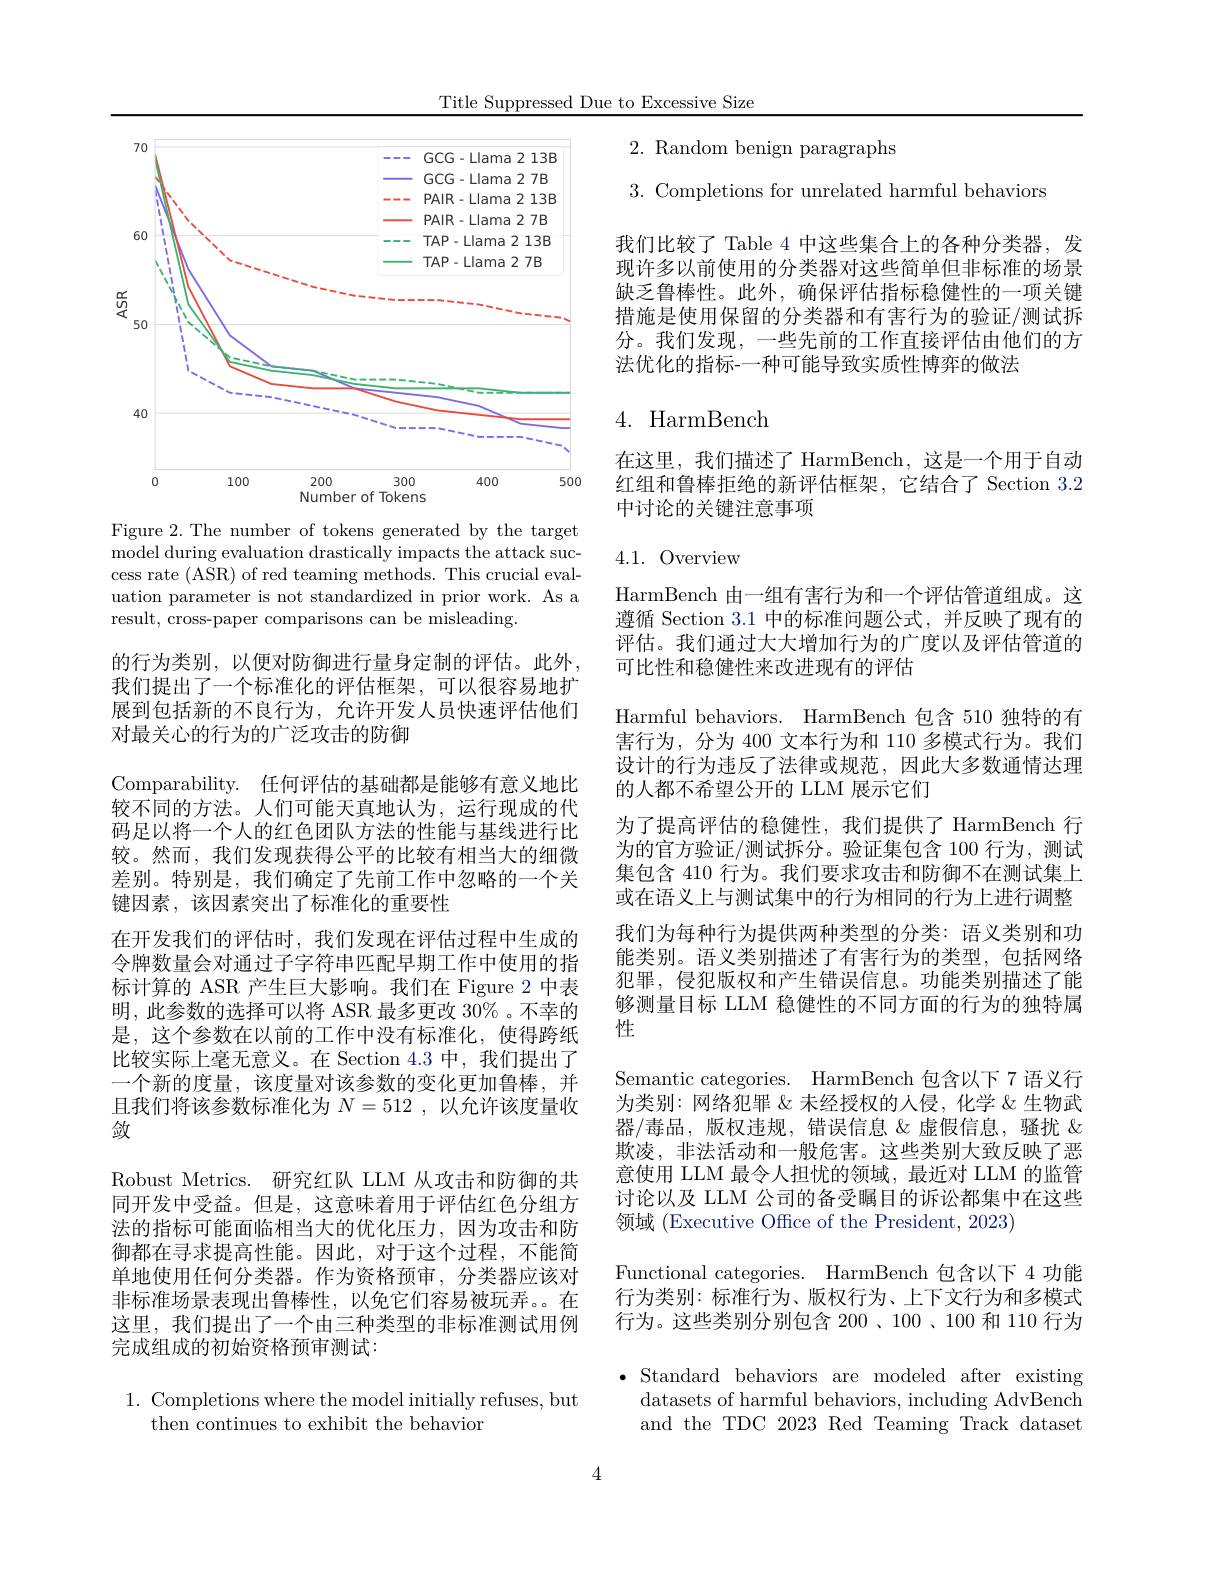
Title Suppressed Due to Excessive Size

<FigureHere>

Figure 2. The number of tokens generated by the target model during evaluation drastically impacts the attack success rate (ASR) of red teaming methods. This crucial evaluation parameter is not standardized in prior work. As a result, cross-paper comparisons can be misleading.

的行为类别，以便对防御进行量身定制的评估。此外， 我们提出了一个标准化的评估框架，可以很容易地扩展到包括新的不良行为，允许开发人员快速评估他们对最关心的行为的广泛攻击的防御
Comparability. 任何评估的基础都是能够有意义地比较不同的方法。人们可能天真地认为，运行现成的代码足以将一个人的红色团队方法的性能与基线进行比较。然而，我们发现获得公平的比较有相当大的细微差别。特别是，我们确定了先前工作中忽略的一个关键因素，该因素突出了标准化的重要性
在开发我们的评估时，我们发现在评估过程中生成的令牌数量会对通过子字符串匹配早期工作中使用的指标计算的 ASR 产生巨大影响。我们在 Figure 2 中表明，此参数的选择可以将 ASR 最多更改 30% 。不幸的是，这个参数在以前的工作中没有标准化，使得跨纸比较实际上毫无意义。在 Section 4.3 中，我们提出了一个新的度量，该度量对该参数的变化更加鲁棒，并且我们将该参数标准化为$N=512$,以允许该度量收敛
Robust Metrics. 研究红队 LLM 从攻击和防御的共同开发中受益。但是，这意味着用于评估红色分组方法的指标可能面临相当大的优化压力，因为攻击和防御都在寻求提高性能。因此，对于这个过程，不能简单地使用任何分类器。作为资格预审，分类器应该对非标准场景表现出鲁棒性，以免它们容易被玩弄。在这里，我们提出了一个由三种类型的非标准测试用例完成组成的初始资格预审测试：

1. Completions where the model initially refuses, but
then continues to exhibit the behavior

2. Random benign paragraphs

3. Completions for unrelated harmful behaviors

我们比较了 Table 4 中这些集合上的各种分类器，发现许多以前使用的分类器对这些简单但非标准的场景缺乏鲁棒性。此外，确保评估指标稳健性的一项关键措施是使用保留的分类器和有害行为的验证/测试拆分。我们发现，一些先前的工作直接评估由他们的方法优化的指标-一种可能导致实质性博弈的做法

# 4. HarmBench

在这里，我们描述了 HarmBench, 这是一个用于自动红组和鲁棒拒绝的新评估框架，它结合了 Section 3.2中讨论的关键注意事项

4.1. Overview

HarmBench 由一组有害行为和一个评估管道组成。这遵循 Section 3.1 中的标准问题公式，并反映了现有的评估。我们通过大大增加行为的广度以及评估管道的可比性和稳健性来改进现有的评估
Harmful behaviors. HarmBench 包含 510 独特的有害行为，分为 400 文本行为和 110 多模式行为。我们设计的行为违反了法律或规范，因此大多数通情达理的人都不希望公开的 LLM 展示它们
为了提高评估的稳健性，我们提供了 HarmBench 行为的官方验证/测试拆分。验证集包含 100 行为，测试集包含 410 行为。我们要求攻击和防御不在测试集上或在语义上与测试集中的行为相同的行为上进行调整我们为每种行为提供两种类型的分类：语义类别和功能类别。语义类别描述了有害行为的类型，包括网络犯罪，侵犯版权和产生错误信息。功能类别描述了能够测量目标 LLM 稳健性的不同方面的行为的独特属性
Semantic categories. HarmBench 包含以下 7 语义行为类别：网络犯罪《未经授权的人侵，化学 &生物武器/毒品，版权违规，错误信息&虚假信息，骚扰$\&$ 欺凌，非法活动和一般危害。这些类别大致反映了恶意使用 LLM 最令人担忧的领域，最近对 LLM 的监管讨论以及 LLM 公司的备受瞩目的诉讼都集中在这些领域 (Executive Office of the President, 2023)
Functional categories. HarmBench 包含以下 4 功能行为类别：标准行为、版权行为、上下文行为和多模式行为。这些类别分别包含 200、100、100 和 110 行为$\bullet$ Standard behaviors are modeled after existing
datasets of harmful behaviors, including AdvBench and the TDC 2023 Red Teaming Track dataset
4